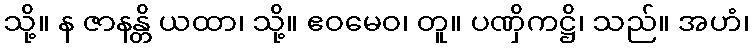
သို့။ န ဇာနန္တိ ယထာ၊ သို့။ ဧဝမေဝ၊ တူ။ ပဏှိကဋ္ဌိ၊ သည်။ အဟံ၊